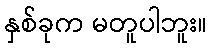
နှစ်ခုက မတူပါဘူး။